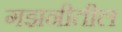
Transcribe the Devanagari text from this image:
गझनीतील